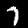
Label: 7